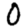
Digit: 0